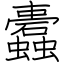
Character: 蠹